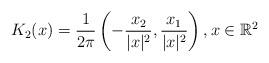
LaTeX: \begin{align*} K_2(x) = \frac{1}{2\pi} \left( -\frac{x_2}{|x|^2}, \frac{x_1}{|x|^2} \right), x \in \mathbb{R}^2 \end{align*}